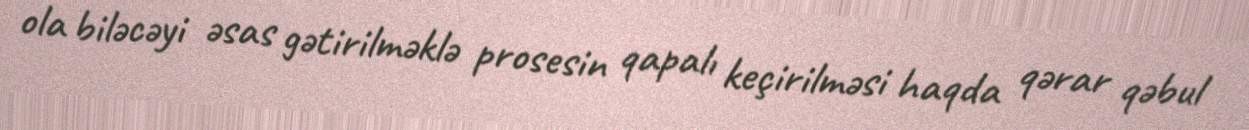
ola biləcəyi əsas gətirilməklə prosesin qapalı keçirilməsi haqda qərar qəbul